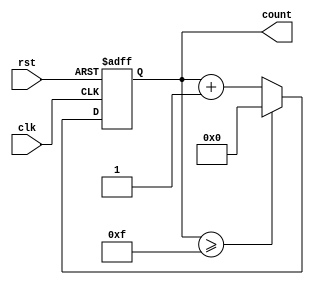
module ModulusCounter (
  input clk,
  input rst,
  output reg [N_BITS-1:0] count
);

parameter MODULUS = 16; // Set modulus to 16 or any other desired value
parameter N_BITS = $clog2(MODULUS); // Calculate number of bits required to represent the modulus

always @(posedge clk or posedge rst)
begin
  if (rst) // Reset counter to zero if reset signal is asserted
    count <= 0;
  else if (count >= MODULUS-1) // Wrap around to zero if count reaches maximum value
    count <= 0;
  else
    count <= count + 1; // Increment count value
end

endmodule